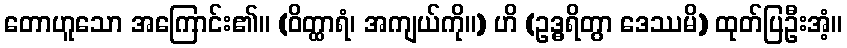
တောဟူသော အကြောင်း၏။ (ဝိတ္ထာရံ၊ အကျယ်ကို။) ဟိ (ဥဒ္ဓရိတွာ ဒေဿမိ) ထုတ်ပြဦးအံ့။